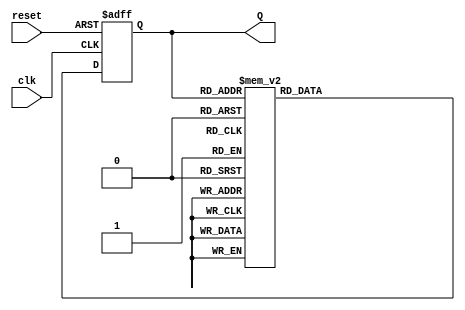
module decade_ring_counter (
    input wire clk,      // Clock input
    input wire reset,    // Asynchronous reset
    output reg [3:0] Q   // 4-bit output to represent the current count
);

    // State transition logic for the Decade Ring Counter
    always @(posedge clk or posedge reset) begin
        if (reset) begin
            Q <= 4'b0000;  // Reset the counter to 0000
        end else begin
            case (Q)
                4'b0000: Q <= 4'b0001; // State 0 to 1
                4'b0001: Q <= 4'b0010; // State 1 to 2
                4'b0010: Q <= 4'b0011; // State 2 to 3
                4'b0011: Q <= 4'b0100; // State 3 to 4
                4'b0100: Q <= 4'b0101; // State 4 to 5
                4'b0101: Q <= 4'b0110; // State 5 to 6
                4'b0110: Q <= 4'b0111; // State 6 to 7
                4'b0111: Q <= 4'b1000; // State 7 to 8
                4'b1000: Q <= 4'b1001; // State 8 to 9
                4'b1001: Q <= 4'b0000; // State 9 back to 0
                default: Q <= 4'b0000; // Default case (should not occur)
            endcase
        end
    end

endmodule